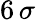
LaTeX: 6\, \sigma